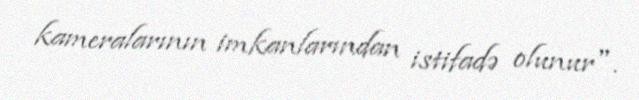
kameralarının imkanlarından istifadə olunur".